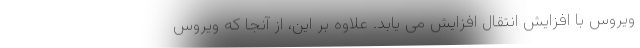
ویروس با افزایش انتقال افزایش می یابد. علاوه بر این، از آنجا که ویروس